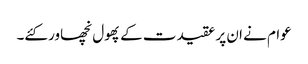
عوام نے ان پر عقیدت کے پھول نچھاور کئے۔